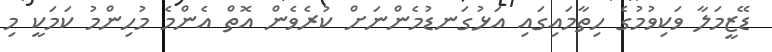
ޑޭޒީމަލާ ވަކިވުމުގެ ހިތާމައިގައި އަޅުގަނޑުމެންނަށް ކުރެވެން އޮތް އެންމެ މުހިންމު ކަމަކީ މި